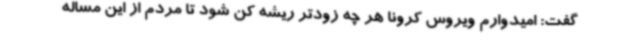
گفت: امیدوارم ویروس کرونا هر چه زودتر ریشه کن شود تا مردم از این مساله